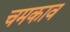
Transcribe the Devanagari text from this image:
चमकाव